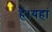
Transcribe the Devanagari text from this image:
हैं।यहां